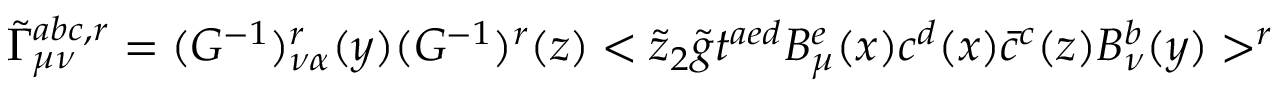
\tilde { \Gamma } _ { \mu \nu } ^ { a b c , r } = ( G ^ { - 1 } ) _ { \nu \alpha } ^ { r } ( y ) ( G ^ { - 1 } ) ^ { r } ( z ) < \tilde { z } _ { 2 } \tilde { g } t ^ { a e d } B _ { \mu } ^ { e } ( x ) c ^ { d } ( x ) \bar { c } ^ { c } ( z ) B _ { \nu } ^ { b } ( y ) > ^ { r }